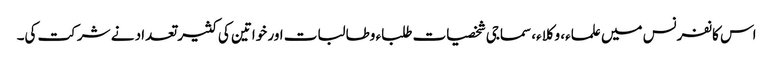
اس کانفرنس میں علماء، وکلاء، سماجی شخصیات طلباء وطالبات اور خواتین کی کثیر تعداد نے شرکت کی۔